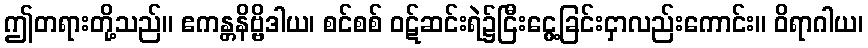
ဤတရားတို့သည်။ ဧကန္တနိဗ္ဗိဒါယ၊ စင်စစ် ဝဋ်ဆင်းရဲ၌ငြီးငွေ့ခြင်းငှာလည်းကောင်း။ ဝိရာဂါယ၊